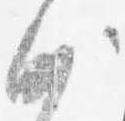
沙